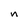
Character: n